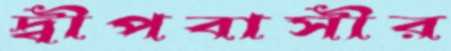
দ্বীপবাসীর